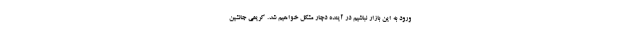
ورود به این بازار نباشیم در آینده دچار مشکل خواهیم شد. کریمی جانشین